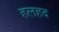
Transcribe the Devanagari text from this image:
हलहद